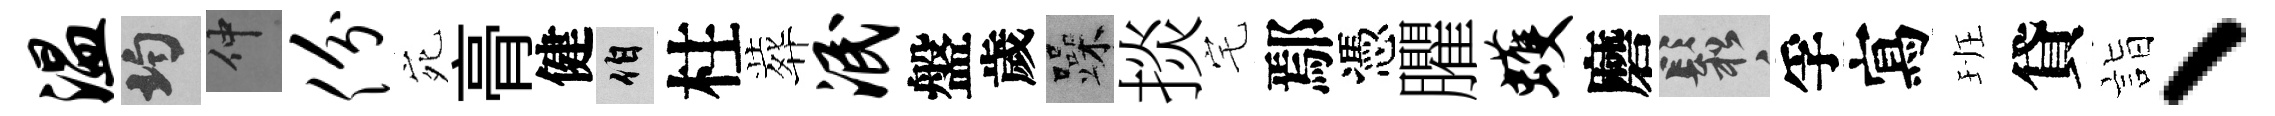
温均仲份宛𮌔健伯柱葬泯盤歲躁掞宅鄢憑臞蠖磨鬆孚寫班貸詣、